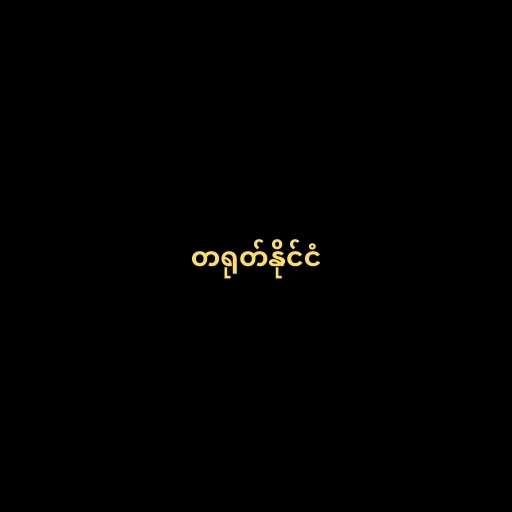
တရုတ်နိုင်ငံ